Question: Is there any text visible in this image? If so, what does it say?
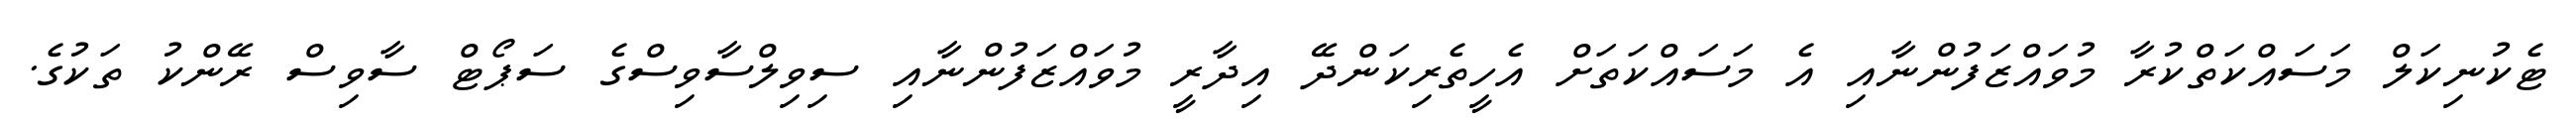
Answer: ޓެކުނިކަލް މަސައްކަތްކުރާ މުވައްޒަފުންނާއި އެ މަސައްކަތަށް އެހީތެރިކަންދޭ އިދާރީ މުވައްޒަފުންނާއި ސިވިލްސާވިސްގެ ސަޕޯޓް ސާވިސް ރޭންކު ތަކުގެ.